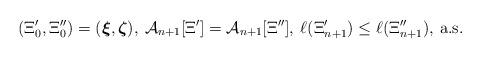
LaTeX: \begin{align*}(\Xi_0',\Xi_0'')=(\boldsymbol{\xi},\boldsymbol{\zeta}),\:\mathcal{A}_{n+1}[\Xi']=\mathcal{A}_{n+1}[\Xi''],\:\ell(\Xi_{n+1}')\leq\ell(\Xi_{n+1}''),\:{\rm a.s.}\end{align*}